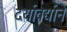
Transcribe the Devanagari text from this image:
दर्यावर्द्याने